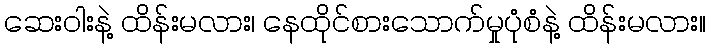
ဆေးဝါးနဲ့ ထိန်းမလား၊ နေထိုင်စားသောက်မှုပုံစံနဲ့ ထိန်းမလား။